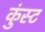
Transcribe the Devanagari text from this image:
कुंस्ट